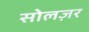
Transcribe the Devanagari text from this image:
सोलज़र